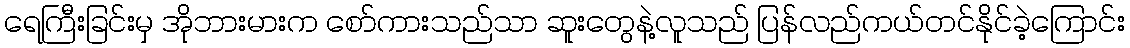
ရေကြီးခြင်းမှ အိုဘားမားက စော်ကားသည်သာ ဆူးတွေနဲ့လူသည် ပြန်လည်ကယ်တင်နိုင်ခဲ့ကြောင်း